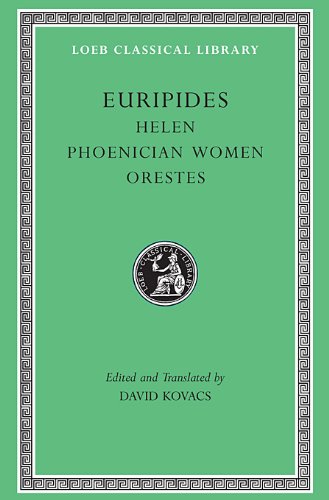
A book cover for Helen / Phoenician Women / Orestes (Loeb Classical Library: Euripides, Vol. 5); Euripides; Mystery, Thriller & Suspense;